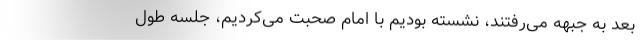
بعد به جبهه می‌رفتند، نشسته بودیم با امام صحبت می‌کردیم، جلسه طول